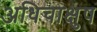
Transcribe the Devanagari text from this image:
अधिचाक्षुष